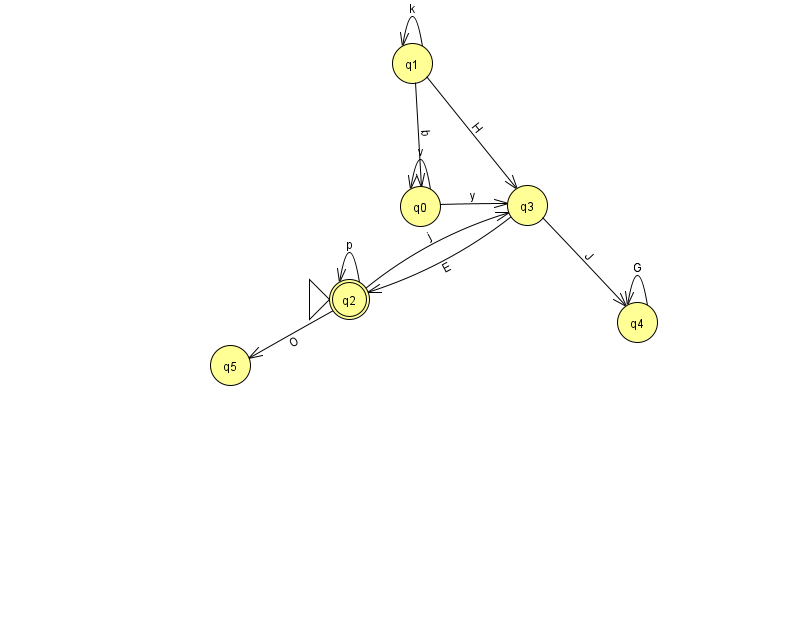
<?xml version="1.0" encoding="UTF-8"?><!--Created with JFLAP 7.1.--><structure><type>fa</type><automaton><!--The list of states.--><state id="0" name="q0"><x>420.0</x><y>193.0</y></state><state id="1" name="q1"><x>412.0</x><y>50.0</y></state><state id="2" name="q2"><x>349.0</x><y>286.0</y><initial/><final/></state><state id="3" name="q3"><x>527.0</x><y>192.0</y></state><state id="4" name="q4"><x>637.0</x><y>309.0</y></state><state id="5" name="q5"><x>230.0</x><y>352.0</y></state><!--The list of transitions.--><transition><from>2</from><to>2</to><read>p</read></transition><transition><from>1</from><to>0</to><read>b</read></transition><transition><from>2</from><to>5</to><read>O</read></transition><transition><from>3</from><to>2</to><read>E</read></transition><transition><from>3</from><to>4</to><read>J</read></transition><transition><from>0</from><to>0</to><read>v</read></transition><transition><from>4</from><to>4</to><read>G</read></transition><transition><from>0</from><to>3</to><read>y</read></transition><transition><from>1</from><to>1</to><read>k</read></transition><transition><from>1</from><to>3</to><read>H</read></transition><transition><from>2</from><to>3</to><read>j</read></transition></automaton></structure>